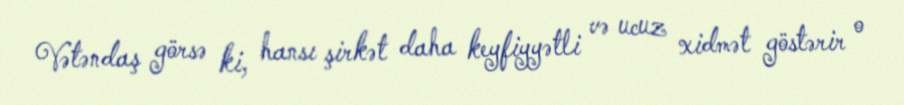
Vətəndaş görsə ki, hansı şirkət daha keyfiyyətli və ucuz xidmət göstərir o